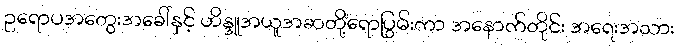
ဥရောပအတွေးအခေါ်နှင့် ဟိန္ဒူအယူအဆတို့ရောပြွမ်းကာ အနောက်တိုင်း အရေးအသား